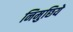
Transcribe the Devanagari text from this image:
निमुछिये